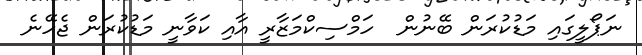
ނަޕޯލީގައި މަޑުކުރަން ބޭނުން  ހަމްސިކްމަޒާރީ އާއި ކަވާނީ މަޑުކުރަން ޖެހޭނެ